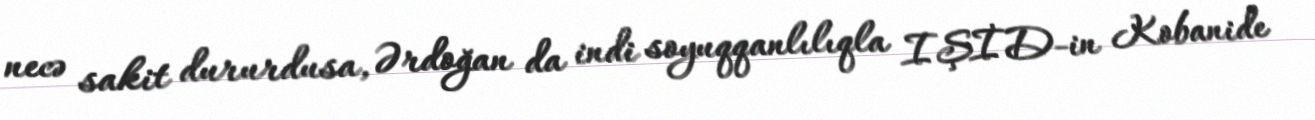
necə sakit dururdusa, Ərdoğan da indi soyuqqanlılıqla IŞİD-in Kobanide